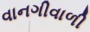
વાનગીવાળી